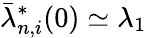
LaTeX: \bar{\lambda}_{n,i}^{*}(0)\simeq\lambda_{1}